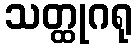
သတ္ထုဂရု